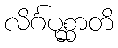
လိင်္ဂပုစ္ဆာတိ